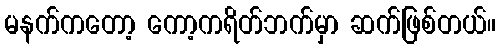
မနက်ကတော့ ကော့ကရိတ်ဘက်မှာ ဆက်ဖြစ်တယ်။